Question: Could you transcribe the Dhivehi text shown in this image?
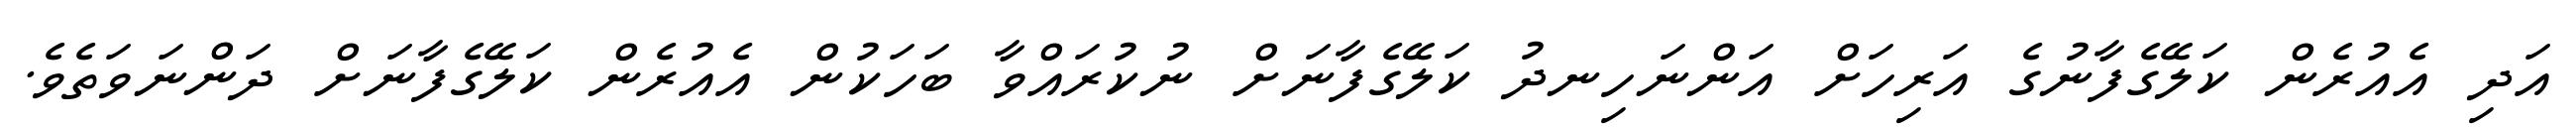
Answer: އަދި އެއުރެން ކަލޭގެފާނުގެ އަރިހަށް އަންނަހިނދު ކަލޭގެފާނަށް ނުކުރައްވާ ބަހަކުން އެއުރެން ކަލޭގެފާނަށް ދަންނަވަތެވެ.